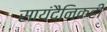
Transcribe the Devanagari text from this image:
सायंदैनिकही